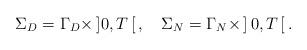
LaTeX: \begin{align*} \Sigma_D=\Gamma_D\times\,]0,T\,[\,,\quad\Sigma_N=\Gamma_N\times\,]\,0,T\,[\,.\end{align*}